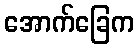
အောက်ခြေက